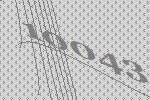
10043